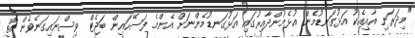
"މިދަރަނި އާއިއެކު އަޅުގަނޑުމެން އުޅެމުންދާއިރުގައި އަޅުގަނޑުމެންނަށް އެންމެ ފަސޭހައިން ބަޖެޓް ވިސްނައިގަނެވެން އޮތީ